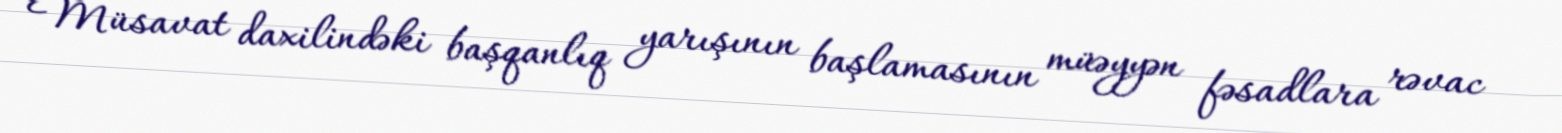
Müsavat daxilindəki başqanlıq yarışının başlamasının müəyyən fəsadlara rəvac